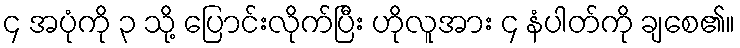
၄ အပုံကို ၃ သို့ ပြောင်းလိုက်ပြီး ဟိုလူအား ၄ နံပါတ်ကို ချစေ၏။